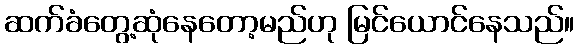
ဆက်ခံတွေ့ဆုံနေတော့မည်ဟု မြင်ယောင်နေသည်။